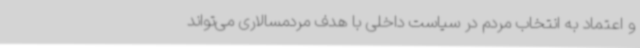
و اعتماد به انتخاب مردم در سیاست داخلی با هدف مردمسالاری می‌تواند